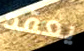
يعقد